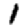
Digit: 1